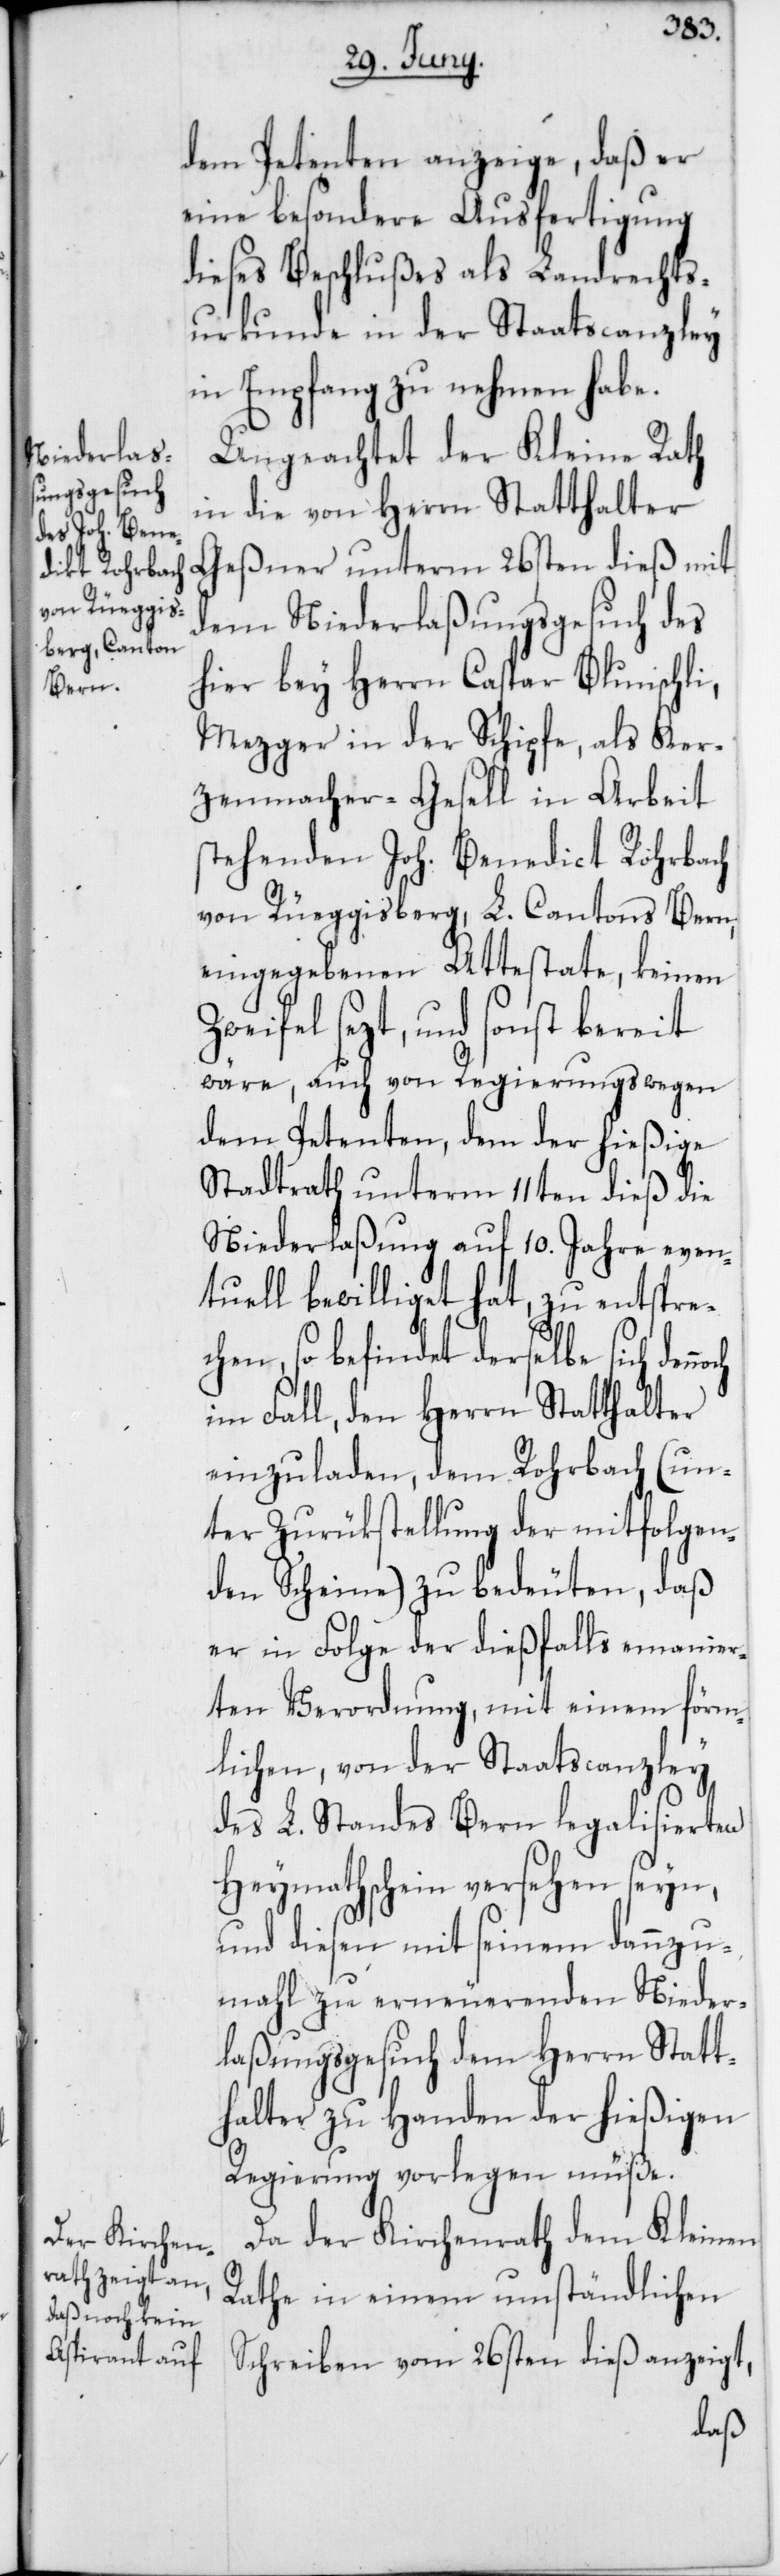
dem Petenten anzeige, daß er
eine besondere Ausfertigung
dieses Beschlußes als Landrechts¬
urkunde in der Staatscanzley
in Empfang zu nehmen habe.
Ungeachtet der Kleine Rath
in die von Herrn Statthalter
Geßner unterm 26sten dieß mit
dem Niederlaßungsgesuch des
hier bey Herrn Caspar Blunschli,
Mezger in der Schipfe, als Ker¬
zenmacher-Gesell in Arbeit
stehenden Joh. Benedict Rohrbach
von Rüeggisberg, L. Cantons Bern,
eingegebenen Attestate, keinen
Zweifel sezt, und sonst bereit
wäre, auch von Regierungs wegen
dem Petenten, dem der hießige
Stadtrath unterm 11ten dieß die
Niederlaßung auf 10. Jahre even¬
tuell bewilliget hat, zu entspre¬
chen, so befindet derselbe sich
im Fall, den Herrn Statthalter
einzuladen, dem Rohrbach (un¬
ter Zurükstellung der mitfolgen¬
den Scheine) zu bedeuten, daß
er in Folge der dießfalls emanier¬
ten Verordnung, mit einem förm¬
lichen, von der Staatscanzley
des L. Standes Bern legalisierten
Heymathschein versehen seyn,
und diesen mit seinem dannzu¬
mahl zu erneuerenden Nieder¬
laßungsgesuch dem Herrn Statt¬
halter zu Handen der hießigen
Regierung vorlegen müße.
Da der Kirchenrath dem Kleinen
Rathe in einem umständlichen
Schreiben vom 26sten dieß anzeigt,